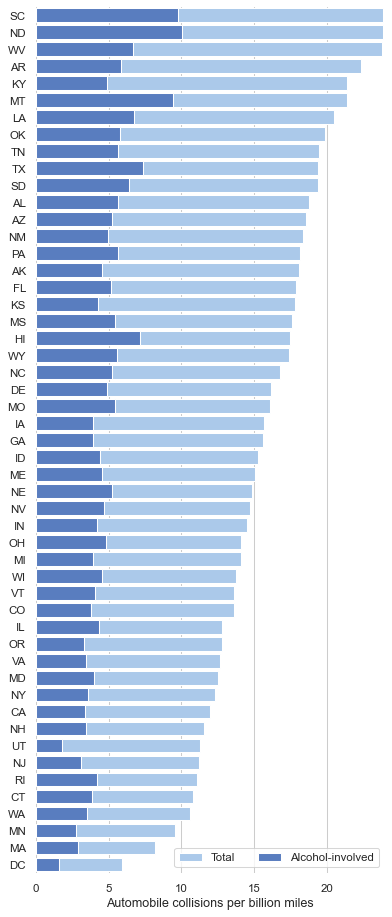
python, seaborn, set_color_codes, barplot, despine